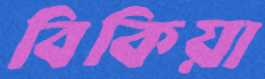
বিকিয়া